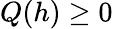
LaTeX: Q(h)\ge 0